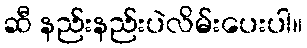
ဆီ နည်းနည်းပဲလိမ်းပေးပါ။